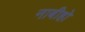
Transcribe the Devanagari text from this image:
नाबीहो